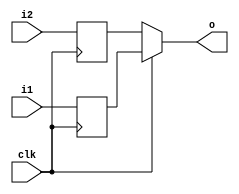
module DDR_OUTPUT(
    input i1,
    input i2,
    output o,
    input clk);

wire _o;
reg _i1, _i2;

assign o = _o;
assign _o = (clk) ? _i1 : _i2;

always @ (posedge clk)
    begin
        _i1 = i1;
        _i2 = i2;
    end

endmodule